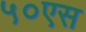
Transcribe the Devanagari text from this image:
५०एस